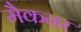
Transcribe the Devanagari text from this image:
मैकनर